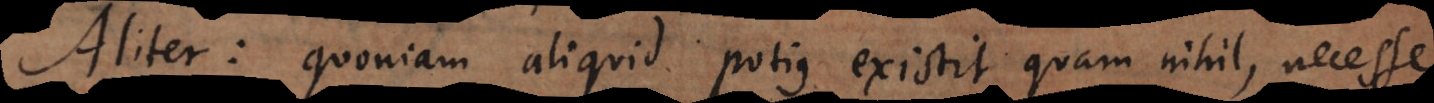
Aliter: quoniam aliquid potius existit quam nihil, necesse